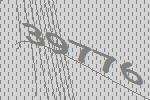
39776